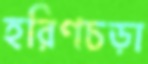
হরিণচড়া